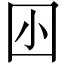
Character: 𡆧